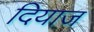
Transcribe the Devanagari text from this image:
दियाज